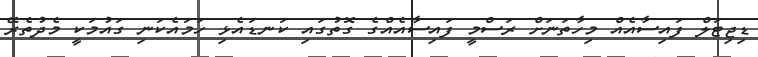
ޑިޖިޓަލް ފައިސާއެއް މިހާތަނަށް ރަސްމީ ފައިސާއެއްގެ ގޮތުގައި ކަނޑައެޅި ހަމައެކަނި ގައުމަކީ މެދުތެރޭ